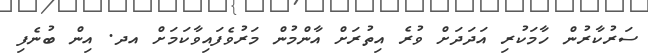
ސަރުކާރުން ހާމަކުރި އަދަދަށް ވުރެ އިތުރަށް އާންމުން މަރުވެފައިވާކަމަށް އދ. އިން ބުނެފި